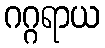
ဂဂ္ဂရာယ